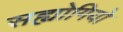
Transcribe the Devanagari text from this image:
सह्योगियो